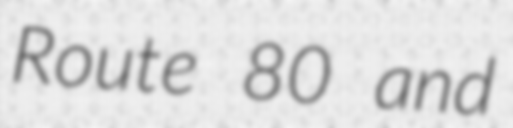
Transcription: Route 80 and